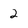
Character: 2